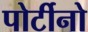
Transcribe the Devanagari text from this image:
पोर्टीनो